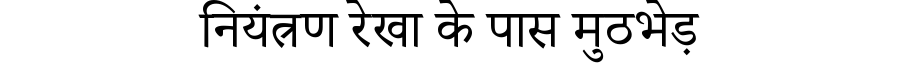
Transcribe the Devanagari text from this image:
नियंत्रण रेखा के पास मुठभेड़